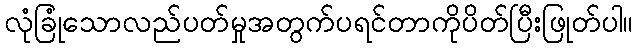
လုံခြုံသောလည်ပတ်မှုအတွက်ပရင်တာကိုပိတ်ပြီးဖြုတ်ပါ။